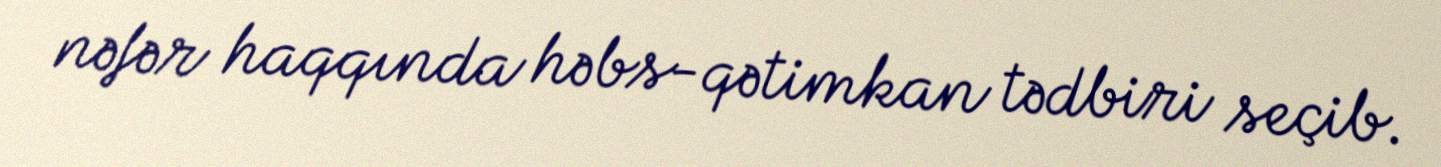
nəfər haqqında həbs-qətimkan tədbiri seçib.